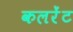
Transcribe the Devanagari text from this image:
कलरेंट